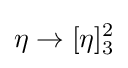
\eta \to [\eta ]_{3}^{2}